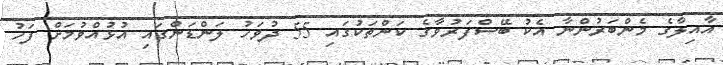
އާއިލާގެ މެންބަރުންނާ އެކު ބޭސްފަރުވާގެ ކަންތަކުގައި 55 ދުވަހު ލަންޑަންގައި އުޅުއްވުމަށް ފަހު